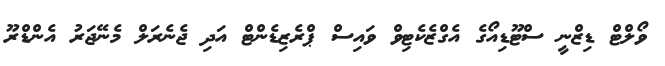
ވޯލްޓް ޑިޒްނީ ސްޓޫޑިއޯގެ އެގްޒެކެޓިވް ވައިސް ޕްރެޒިޑެންޓް އަދި ޖެނެރަލް މެނޭޖަރު އެންޑްރޫ